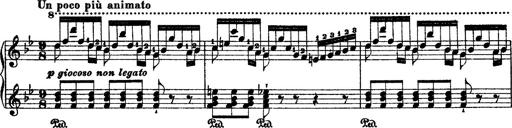
Title: 2 KonzertetÃ¼den
Composer: Franz Liszt